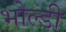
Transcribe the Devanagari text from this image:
भोल्डी